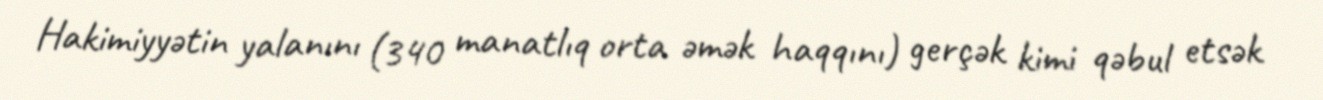
Hakimiyyətin yalanını (340 manatlıq orta əmək haqqını) gerçək kimi qəbul etsək